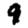
Digit: 9